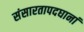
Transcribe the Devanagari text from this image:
संसारतापदघानां